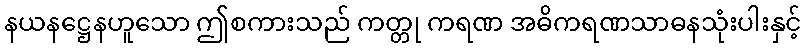
နယနဋ္ဌေနဟူသော ဤစကားသည် ကတ္တု ကရဏ အဓိကရဏသာဓနသုံးပါးနှင့်